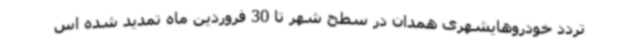
تردد خودروهایشهری همدان در سطح شهر تا 30 فروردین ماه تمدید شده اس